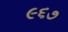
૯૬૭